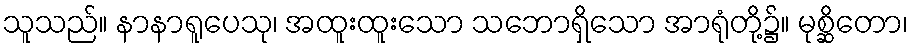
သူသည်။ နာနာရူပေသု၊ အထူးထူးသော သဘောရှိသော အာရုံတို့၌။ မုစ္ဆိတော၊